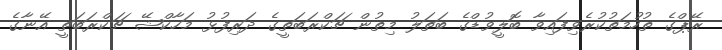
ރޭޕްގެ ތުހުމަތުކުރެވިފައިވާ ބޮލީވުޑްގެ ބަތަލު މިތުން ޗަކްރަބަތީގެ ދަރިފުޅު މަހާކްޝޭ ޗަކްރަބަތީ އޭނާގެ